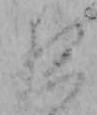
夜